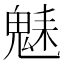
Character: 𩳆